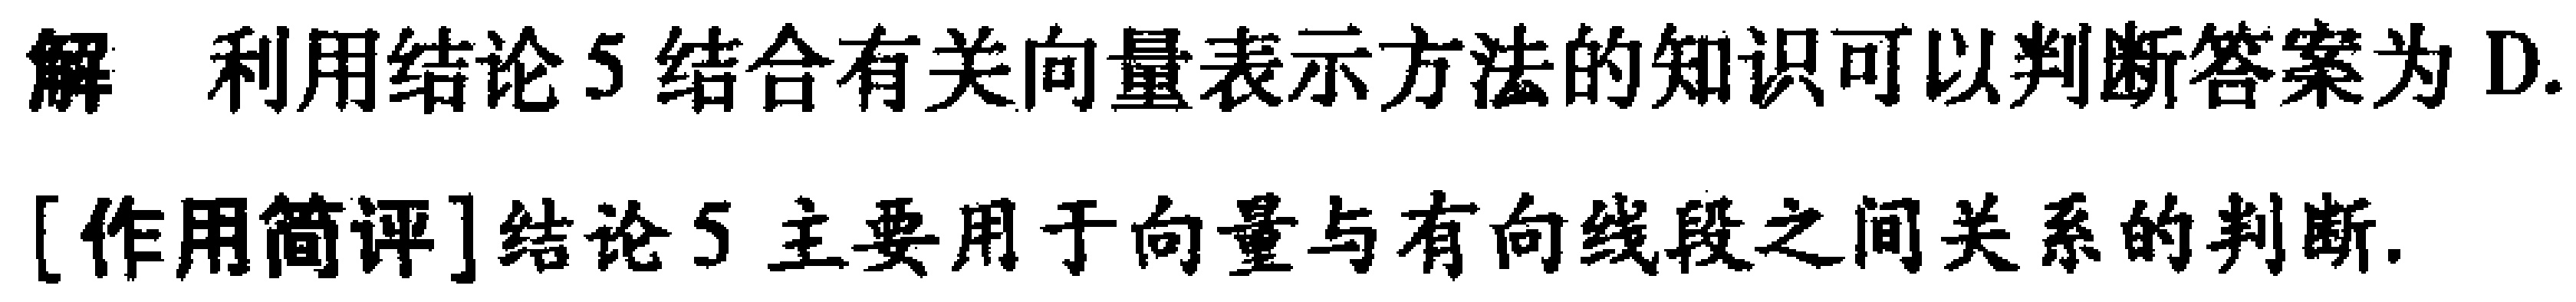
解 利用结论5结合有关向量表示方法的知识可以判断答案为D.
[作用简评]结论5主要用于向量与有向线段之间关系的判断.